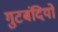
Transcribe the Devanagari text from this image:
गुटबंदियों